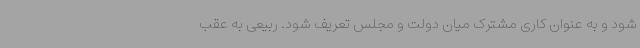
شود و به عنوان کاری مشترک میان دولت و مجلس تعریف شود. ربیعی به عقب